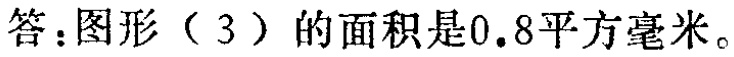
答：图形（3）的面积是\(0.8\)平方毫米。